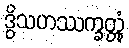
ဒွိသဟဿက္ခတ္တုံ